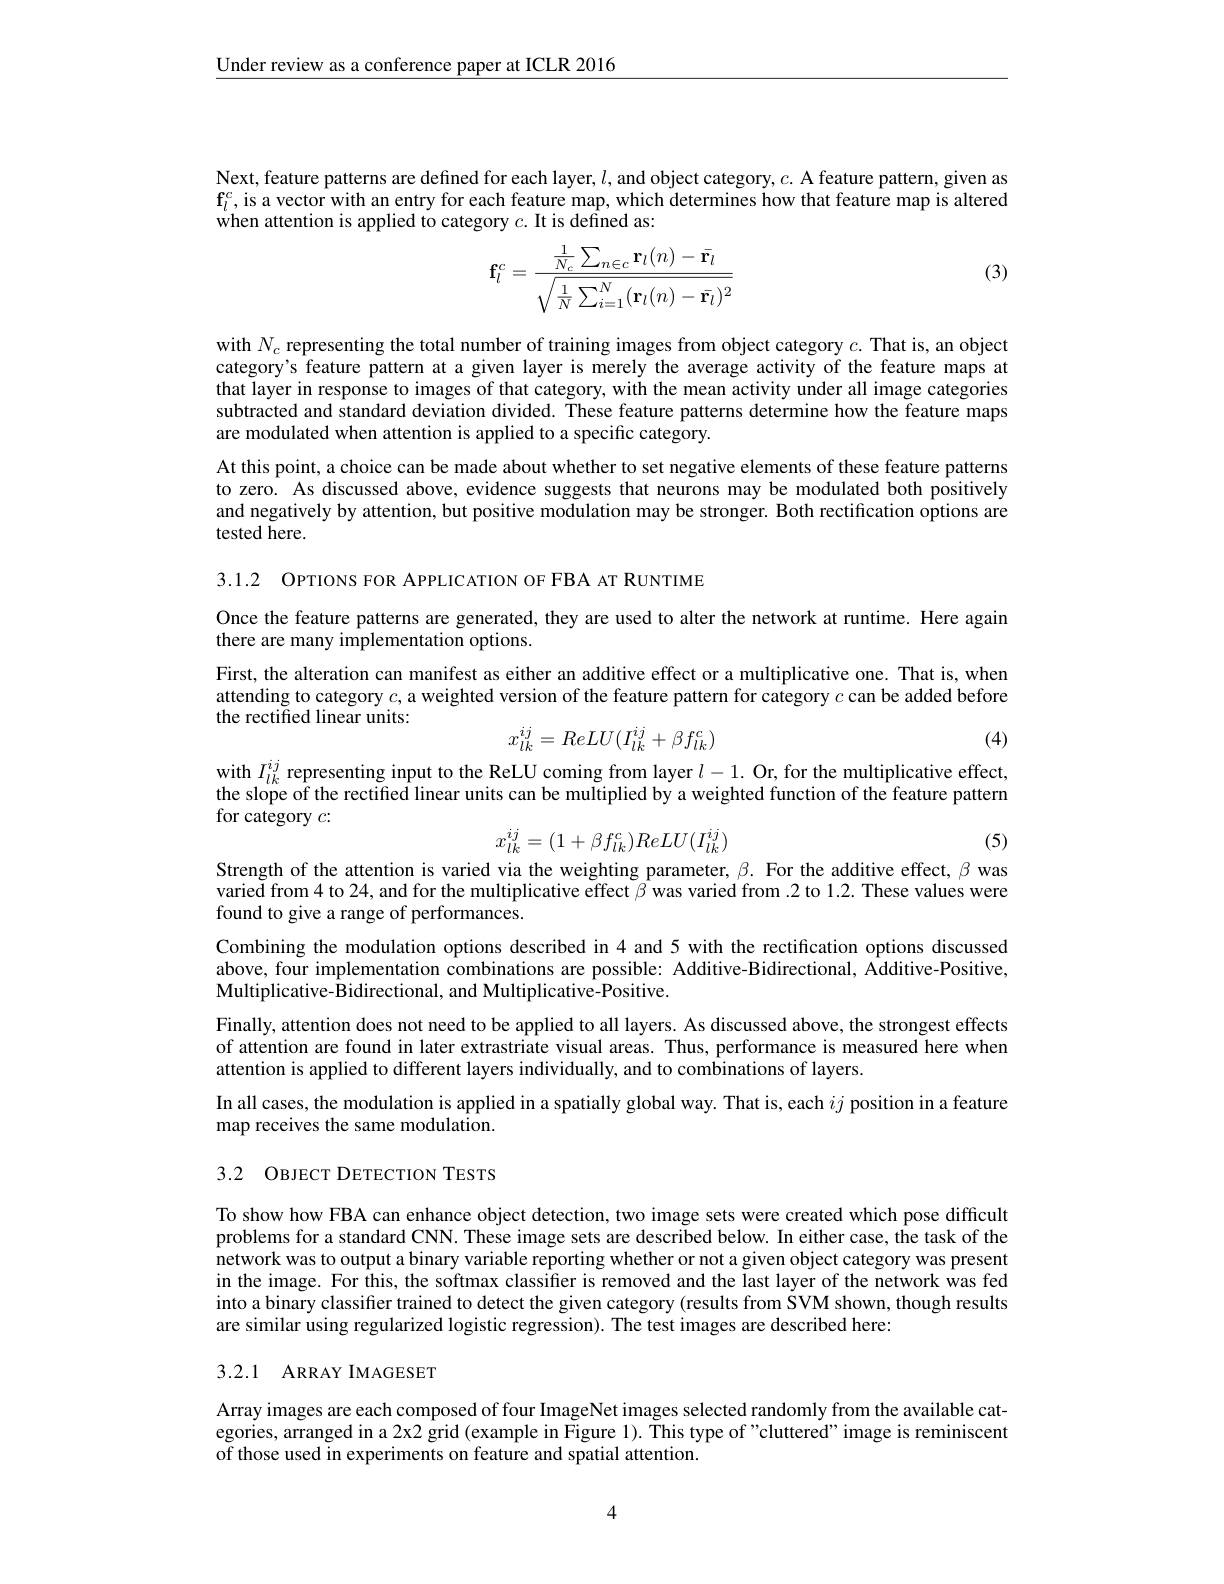
$\underline{\text{Under review as a conference paper at ICLR 2016}}$

Next, feature patterns are defined for each layer, $l$ and object category, $c.$ A feature pattern, given as $\mathbf{f}_l^c$,is a vector with an entry for each feature map, which determines how that feature map is altered when attention is applied to category $c.$It is defined as:

(3)
$$\mathbf{f}_l^c=\frac{\frac{1}{N_c}\sum_{n\in c}\mathbf{r}_l(n)-\bar{\mathbf{r}_l}}{\sqrt{\frac{1}{N}\sum_{i=1}^N(\mathbf{r}_l(n)-\bar{\mathbf{r}_l})^2}}$$
with $N_c$ representing the total number of training images from object category $c.$ That is, an object category's feature pattern at a given layer is merely the average activity of the feature maps at that layer in response to images of that category, with the mean activity under all image categories subtracted and standard deviation divided. These feature patterns determine how the feature maps are modulated when attention is applied to a specific category.

At this point, a choice can be made about whether to set negative elements of these feature patterns to zero. As discussed above, evidence suggests that neurons may be modulated both positively and negatively by attention, but positive modulation may be stronger. Both rectification options are tested here.

3.1.2 OPTIONS FOR APPLICATION OF FBA AT RUNTIME

Once the feature patterns are generated, they are used to alter the network at runtime. Here again
there are many implementation options.
First, the alteration can manifest as either an additive effect or a multiplicative one. That is, when attending to category $c$, a weighted version of the feature pattern for category $c$ can be added before the rectified linear units:
$$x_{lk}^{ij}=ReLU(I_{lk}^{ij}+\beta f_{lk}^{c})$$
(4)

with $I_{lk}^{ij}$ representing input to the ReLU coming from layer $l-1.$ Or, for the multiplicative effect, the slope of the rectified linear units can be multiplied by a weighted function of the feature pattern for category $c:$
$$x_{lk}^{ij}=(1+\beta f_{lk}^{c})ReLU(I_{lk}^{ij})$$
(5)

Strength of the attention is varied via the weighting parameter, $\beta.$ For the additive effect, $\beta$ was varied from 4 to 24, and for the multiplicative effect $\beta$ was varied from .2 to 1.2. These values were found to give a range of performances.
Combining the modulation options described in 4 and 5 with the rectification options discussed above, four implementation combinations are possible: Additive-Bidirectional, Additive-Positive, Multiplicative-Bidirectional, and Multiplicative-Positive.
Finally, attention does not need to be applied to all layers. As discussed above, the strongest effects of attention are found in later extrastriate visual areas. Thus, performance is measured here when attention is applied to different layers individually, and to combinations of layers.
In all cases, the modulation is applied in a spatially global way. That is, each $ij$ position in a feature
map receives the same modulation.

## 3.2 OBJECT DETECTION TESTS

To show how FBA can enhance object detection, two image sets were created which pose difficult problems for a standard CNN. These image sets are described below. In either case, the task of the network was to output a binary variable reporting whether or not a given object category was present in the image. For this, the softmax classifier is removed and the last layer of the network was fed into a binary classifier trained to detect the given category (results from SVM shown, though results are similar using regularized logistic regression). The test images are described here:

# 3.2.1 ARRAY IMAGESET

Array images are each composed of four ImageNet images selected randomly from the available categories, arranged in a 2x2 grid (example in Figure 1). This type of"cluttered" image is reminiscent of those used in experiments on feature and spatial attention.

4